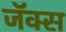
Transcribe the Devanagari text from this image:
जॅक्स